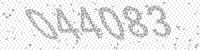
Solution: 044083